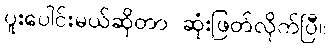
ပူးပေါင်းမယ်ဆိုတာ ဆုံးဖြတ်လိုက်ပြီ။